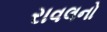
રાવલનો